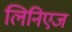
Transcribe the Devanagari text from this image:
लिनिएज